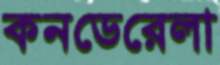
কনডেরেলা